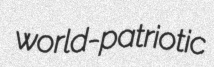
world-patriotic